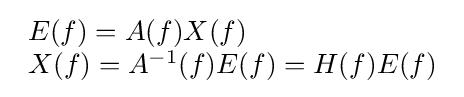
{\begin{array}{l}E(f)=A(f)X(f)\\X(f)=A^{-1}(f)E(f)=H(f)E(f)\end{array}}